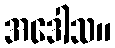
အဒေါသ။